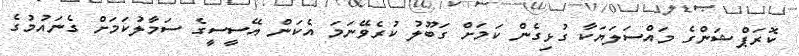
ކޮރަޕްޝަންގެ މައްސަލަޔަކާ ގުޅިގެން ކަމަށް ގަބޫލު ކުރެވޭނަމަ އެކަން އޭސީސީގެ ސަމާލުކަމަށް ގެނައުމުގެ